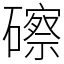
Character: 䃰